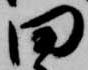
田